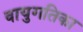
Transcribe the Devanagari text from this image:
वायुगतिका